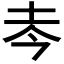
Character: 𰉜